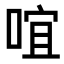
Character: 𠵌